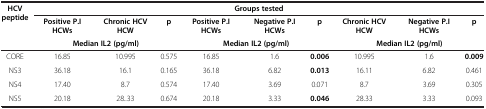
| <ROWSPAN=3> HCV peptide | <COLSPAN=9> Groups tested |
 | Positive P.I HCWs | Chronic HCV HCW | p | Positive P.I HCWs | Negative P.I HCWs | p | Chronic HCV HCW | Negative P.I HCWs | p |
 | <COLSPAN=3> Median IL2 (pg/ml) | <COLSPAN=3> Median IL2 (pg/ml) | <COLSPAN=3> Median IL2 (pg/ml) |
 | --- | --- | --- | --- | --- | --- | --- | --- | --- | --- |
 | CORE | 16.85 | 10.995 | 0.575 | 16.85 | 1.6 | 0.006 | 10.995 | 1.6 | 0.009 |
 | NS3 | 36.18 | 16.1 | 0.165 | 36.18 | 6.82 | 0.013 | 16.11 | 6.82 | 0.461 |
 | NS4 | 17.40 | 8.7 | 0.574 | 17.40 | 3.69 | 0.071 | 8.7 | 3.69 | 0.305 |
 | NS5 | 20.18 | 28..33 | 0.674 | 20.18 | 3.33 | 0.046 | 28.33 | 3.33 | 0.093 |